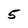
Character: 5